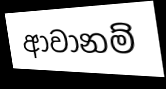
ආවානම්